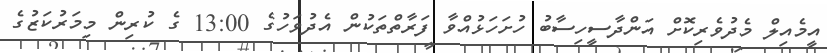
އީމެއިލް މެދުވެރިކޮށް އަންދާސީހިސާބު ހުށަހަޅުއްވާ ފަރާތްތަކުން އެދުވަހުގެ 13:00 ގެ ކުރިން މިމަރުކަޒުގެ